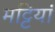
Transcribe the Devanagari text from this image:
मट्टियां